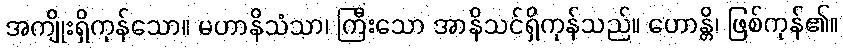
အကျိုးရှိကုန်သော။ မဟာနိသံသာ၊ ကြီးသော အာနိသင်ရှိကုန်သည်။ ဟောန္တိ၊ ဖြစ်ကုန်၏။